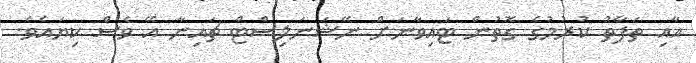
އާއި ތަފާތު ކުރުމުގެ ގޮތުން ޓައިވާނަށް ނޭޝަނަލިސްޓް ޗައިނާ އޭ ވެސް ކިޔައެވެ.